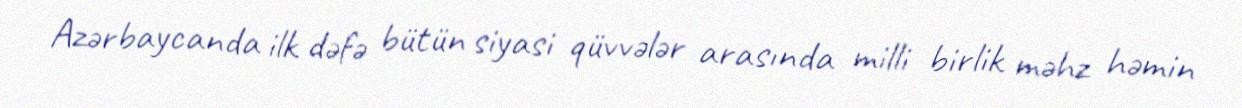
Azərbaycanda ilk dəfə bütün siyasi qüvvələr arasında milli birlik məhz həmin